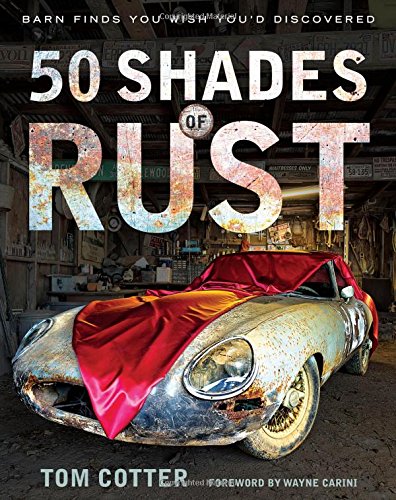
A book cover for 50 Shades of Rust: Barn Finds You Wish You'd Discovered; Tom Cotter; Engineering & Transportation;